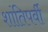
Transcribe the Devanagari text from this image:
शांतिपर्वी